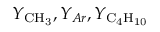
Y _ { \mathrm { { C H _ { 3 } } } } , Y _ { A r } , Y _ { \mathrm { { C _ { 4 } H _ { 1 0 } } } }